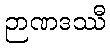
ဉာဏဒဿီ